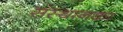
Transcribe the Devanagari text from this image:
संस्थानका